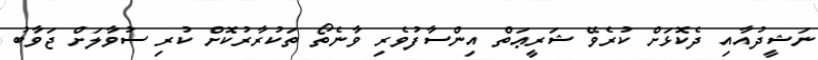
ނަޝީދުއާއި ދެކޮޅަށް ކުރެވޭ ޝަރީޢަތް އިންސާފުވެރި ވާނެތޯ ތަކުރާރުކޮށް ކުރި ސުވާލަށް ޖަވާބު